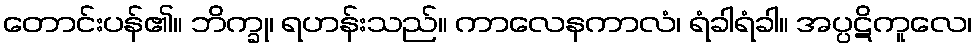
တောင်းပန်၏။ ဘိက္ခု၊ ရဟန်းသည်။ ကာလေနကာလံ၊ ရံခါရံခါ။ အပ္ပဋိကူလေ၊